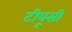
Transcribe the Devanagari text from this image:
टीयूसी